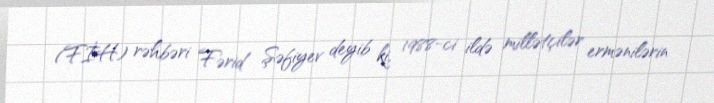
(FİH) rəhbəri Fərid Şəfiyev deyib ki, 1988-ci ildə millətçilər ermənilərin